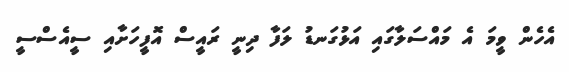
އެހެން ވީމަ އެ މައްސަލާގައި އަޅުގަނޑު ލަފާ ދިނީ ރައީސް އޮފީހަށާއި ސީއެސްސީ